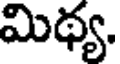
మిథ్య.